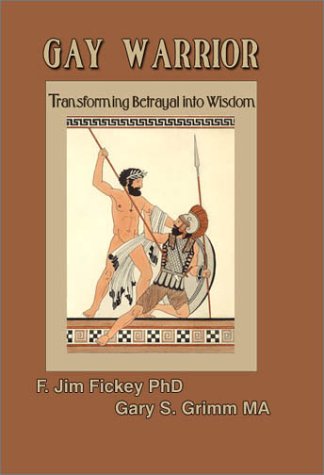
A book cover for Gay Warrior: Transforming Betrayal into Wisdom; F. Jim Fickey; Gay & Lesbian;